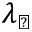
\lambda _ { \perp }